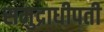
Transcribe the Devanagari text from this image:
समुद्राधीपती